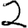
Digit: 2